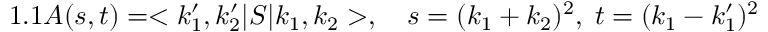
1 . 1 A ( s , t ) = < k _ { 1 } ^ { \prime } , k _ { 2 } ^ { \prime } | S | k _ { 1 } , k _ { 2 } > , \quad s = ( k _ { 1 } + k _ { 2 } ) ^ { 2 } , \; t = ( k _ { 1 } - k _ { 1 } ^ { \prime } ) ^ { 2 }